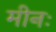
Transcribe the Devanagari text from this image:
मीनः